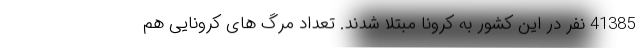
41385 نفر در این کشور به کرونا مبتلا شدند. تعداد مرگ های کرونایی هم